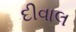
દીવાલ